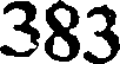
383